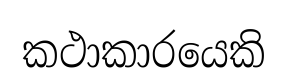
කථාකාරයෙකි